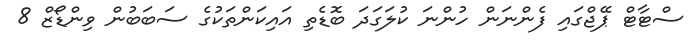
ސްޓާޓް ޕޭޖްގައި ފެންނަން ހުންނަ ކުލަގަދަ ބޮޑެތި އައިކަންތަކުގެ ސަބަބުން ވިންޑޯޒް 8